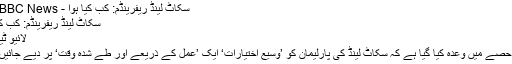
سکاٹ لینڈ ریفرینڈم: کب کیا ہوا - BBC News اردو
سکاٹ لینڈ ریفرینڈم: کب کیا ہوا
لائیو ٹیکسٹ
پہلے حصے میں وعدہ کیا گیا ہے کہ سکاٹ لینڈ کی پارلیمان کو ’وسیع اختیارات‘ ایک ’عمل کے ذریعے اور طے شدہ وقت‘ پر دیے جائیں گے۔